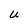
Character: u